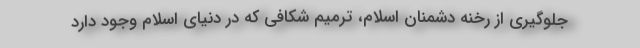
جلوگیری از رخنه دشمنان اسلام، ترمیم شکافی که در دنیای اسلام وجود دارد